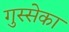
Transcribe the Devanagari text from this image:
गुस्सेका